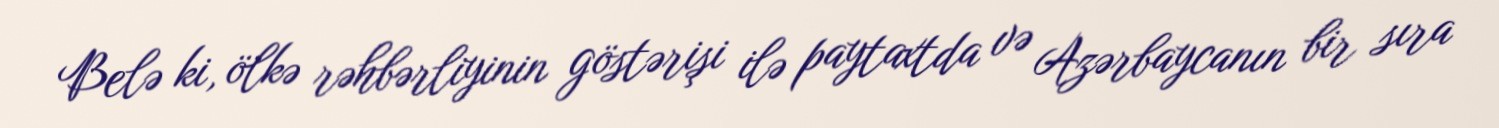
Belə ki, ölkə rəhbərliyinin göstərişi ilə paytaxtda və Azərbaycanın bir sıra